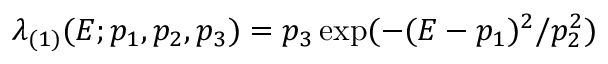
\begin{array} { r } { \lambda _ { ( 1 ) } ( E ; p _ { 1 } , p _ { 2 } , p _ { 3 } ) = p _ { 3 } \exp ( - ( E - p _ { 1 } ) ^ { 2 } / p _ { 2 } ^ { 2 } ) } \end{array}